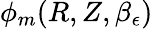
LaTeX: \phi_{m}(R,Z,\beta_{\epsilon})